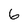
Character: 6